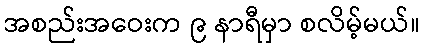
အစည်းအဝေးက ၉ နာရီမှာ စလိမ့်မယ်။